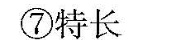
⑦特长